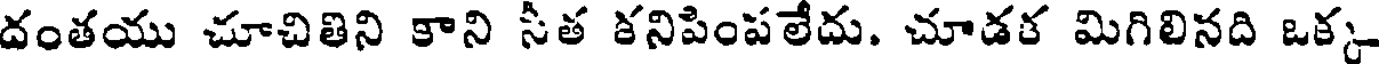
దంతయు చూచితిని కాని సీత కనిపింపలేదు. చూడక మిగిలినది ఒక్క